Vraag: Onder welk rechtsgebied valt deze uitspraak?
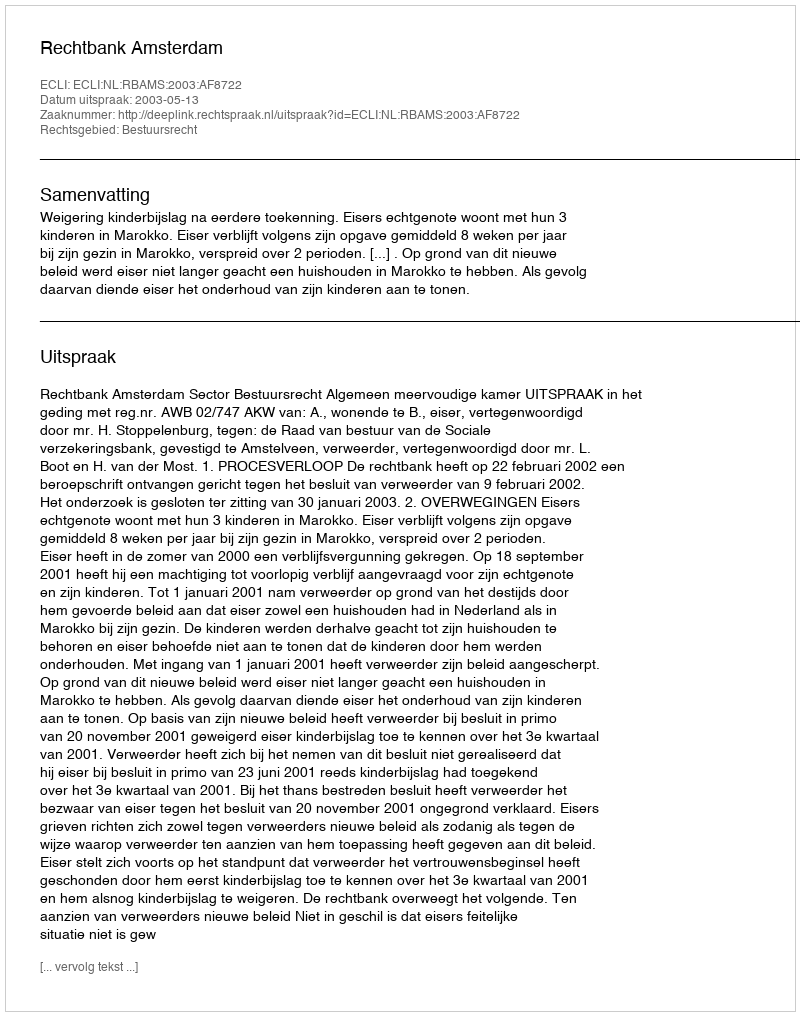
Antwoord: Bestuursrecht